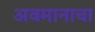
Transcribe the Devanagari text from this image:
अवमानाचा